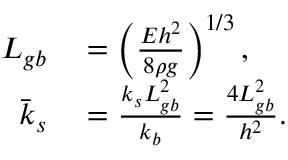
\begin{array} { r l } { L _ { g b } } & { { } = \left( \frac { E h ^ { 2 } } { 8 \rho g } \right) ^ { 1 / 3 } , } \\ { \bar { k } _ { s } } & { { } = \frac { k _ { s } L _ { g b } ^ { 2 } } { k _ { b } } = \frac { 4 L _ { g b } ^ { 2 } } { h ^ { 2 } } . } \end{array}